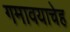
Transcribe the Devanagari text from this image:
गमावयाचेह